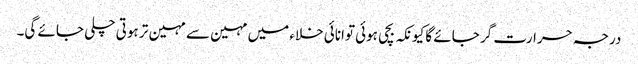
درجہ حرارت گر جائے گا کیونکہ بچی ہوئی توانائی خلاء میں مہین سے مہین تر ہوتی چلی جائے گی۔